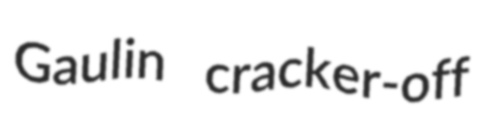
Gaulin cracker-off